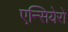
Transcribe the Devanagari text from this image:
एन्सियेरो